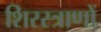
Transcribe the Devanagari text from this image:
शिरस्त्राणों